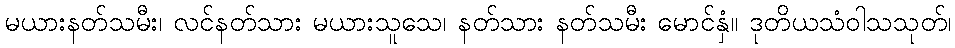
မယားနတ်သမီး၊ လင်နတ်သား မယားသူသေ၊ နတ်သား နတ်သမီး မောင်နှံ။ ဒုတိယသံဝါသသုတ်၊